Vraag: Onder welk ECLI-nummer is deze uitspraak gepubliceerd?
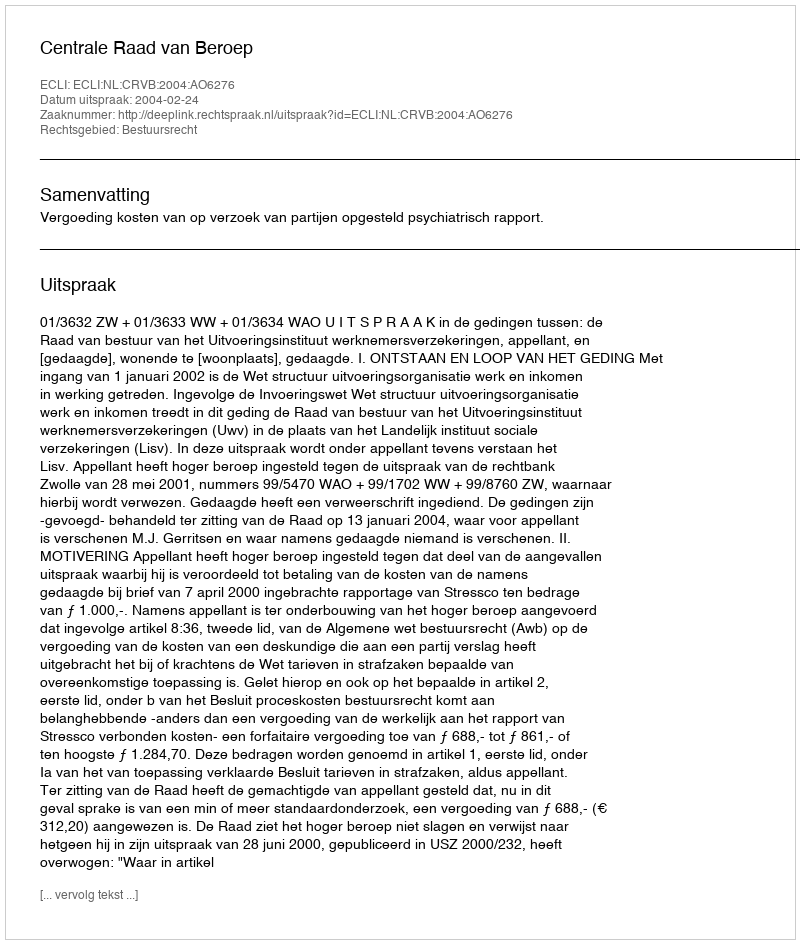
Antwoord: ECLI:NL:CRVB:2004:AO6276